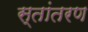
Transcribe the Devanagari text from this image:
स्तांतरण